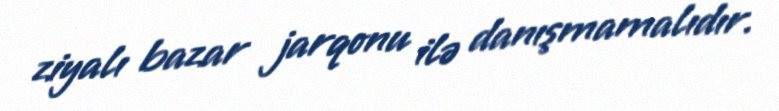
ziyalı bazar jarqonu ilə danışmamalıdır.